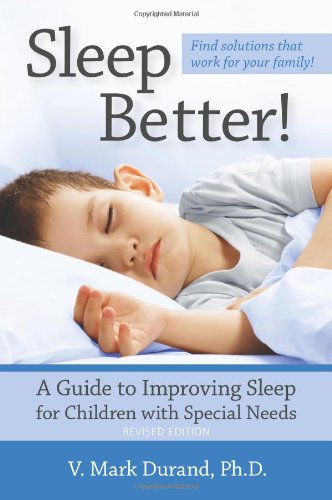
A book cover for Sleep Better!: A Guide to Improving Sleep for Children with Special Needs, Revised Edition; V. Mark Durand Ph.D.; Parenting & Relationships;